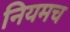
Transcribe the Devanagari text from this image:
नियमच